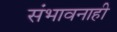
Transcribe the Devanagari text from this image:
संभावनाही